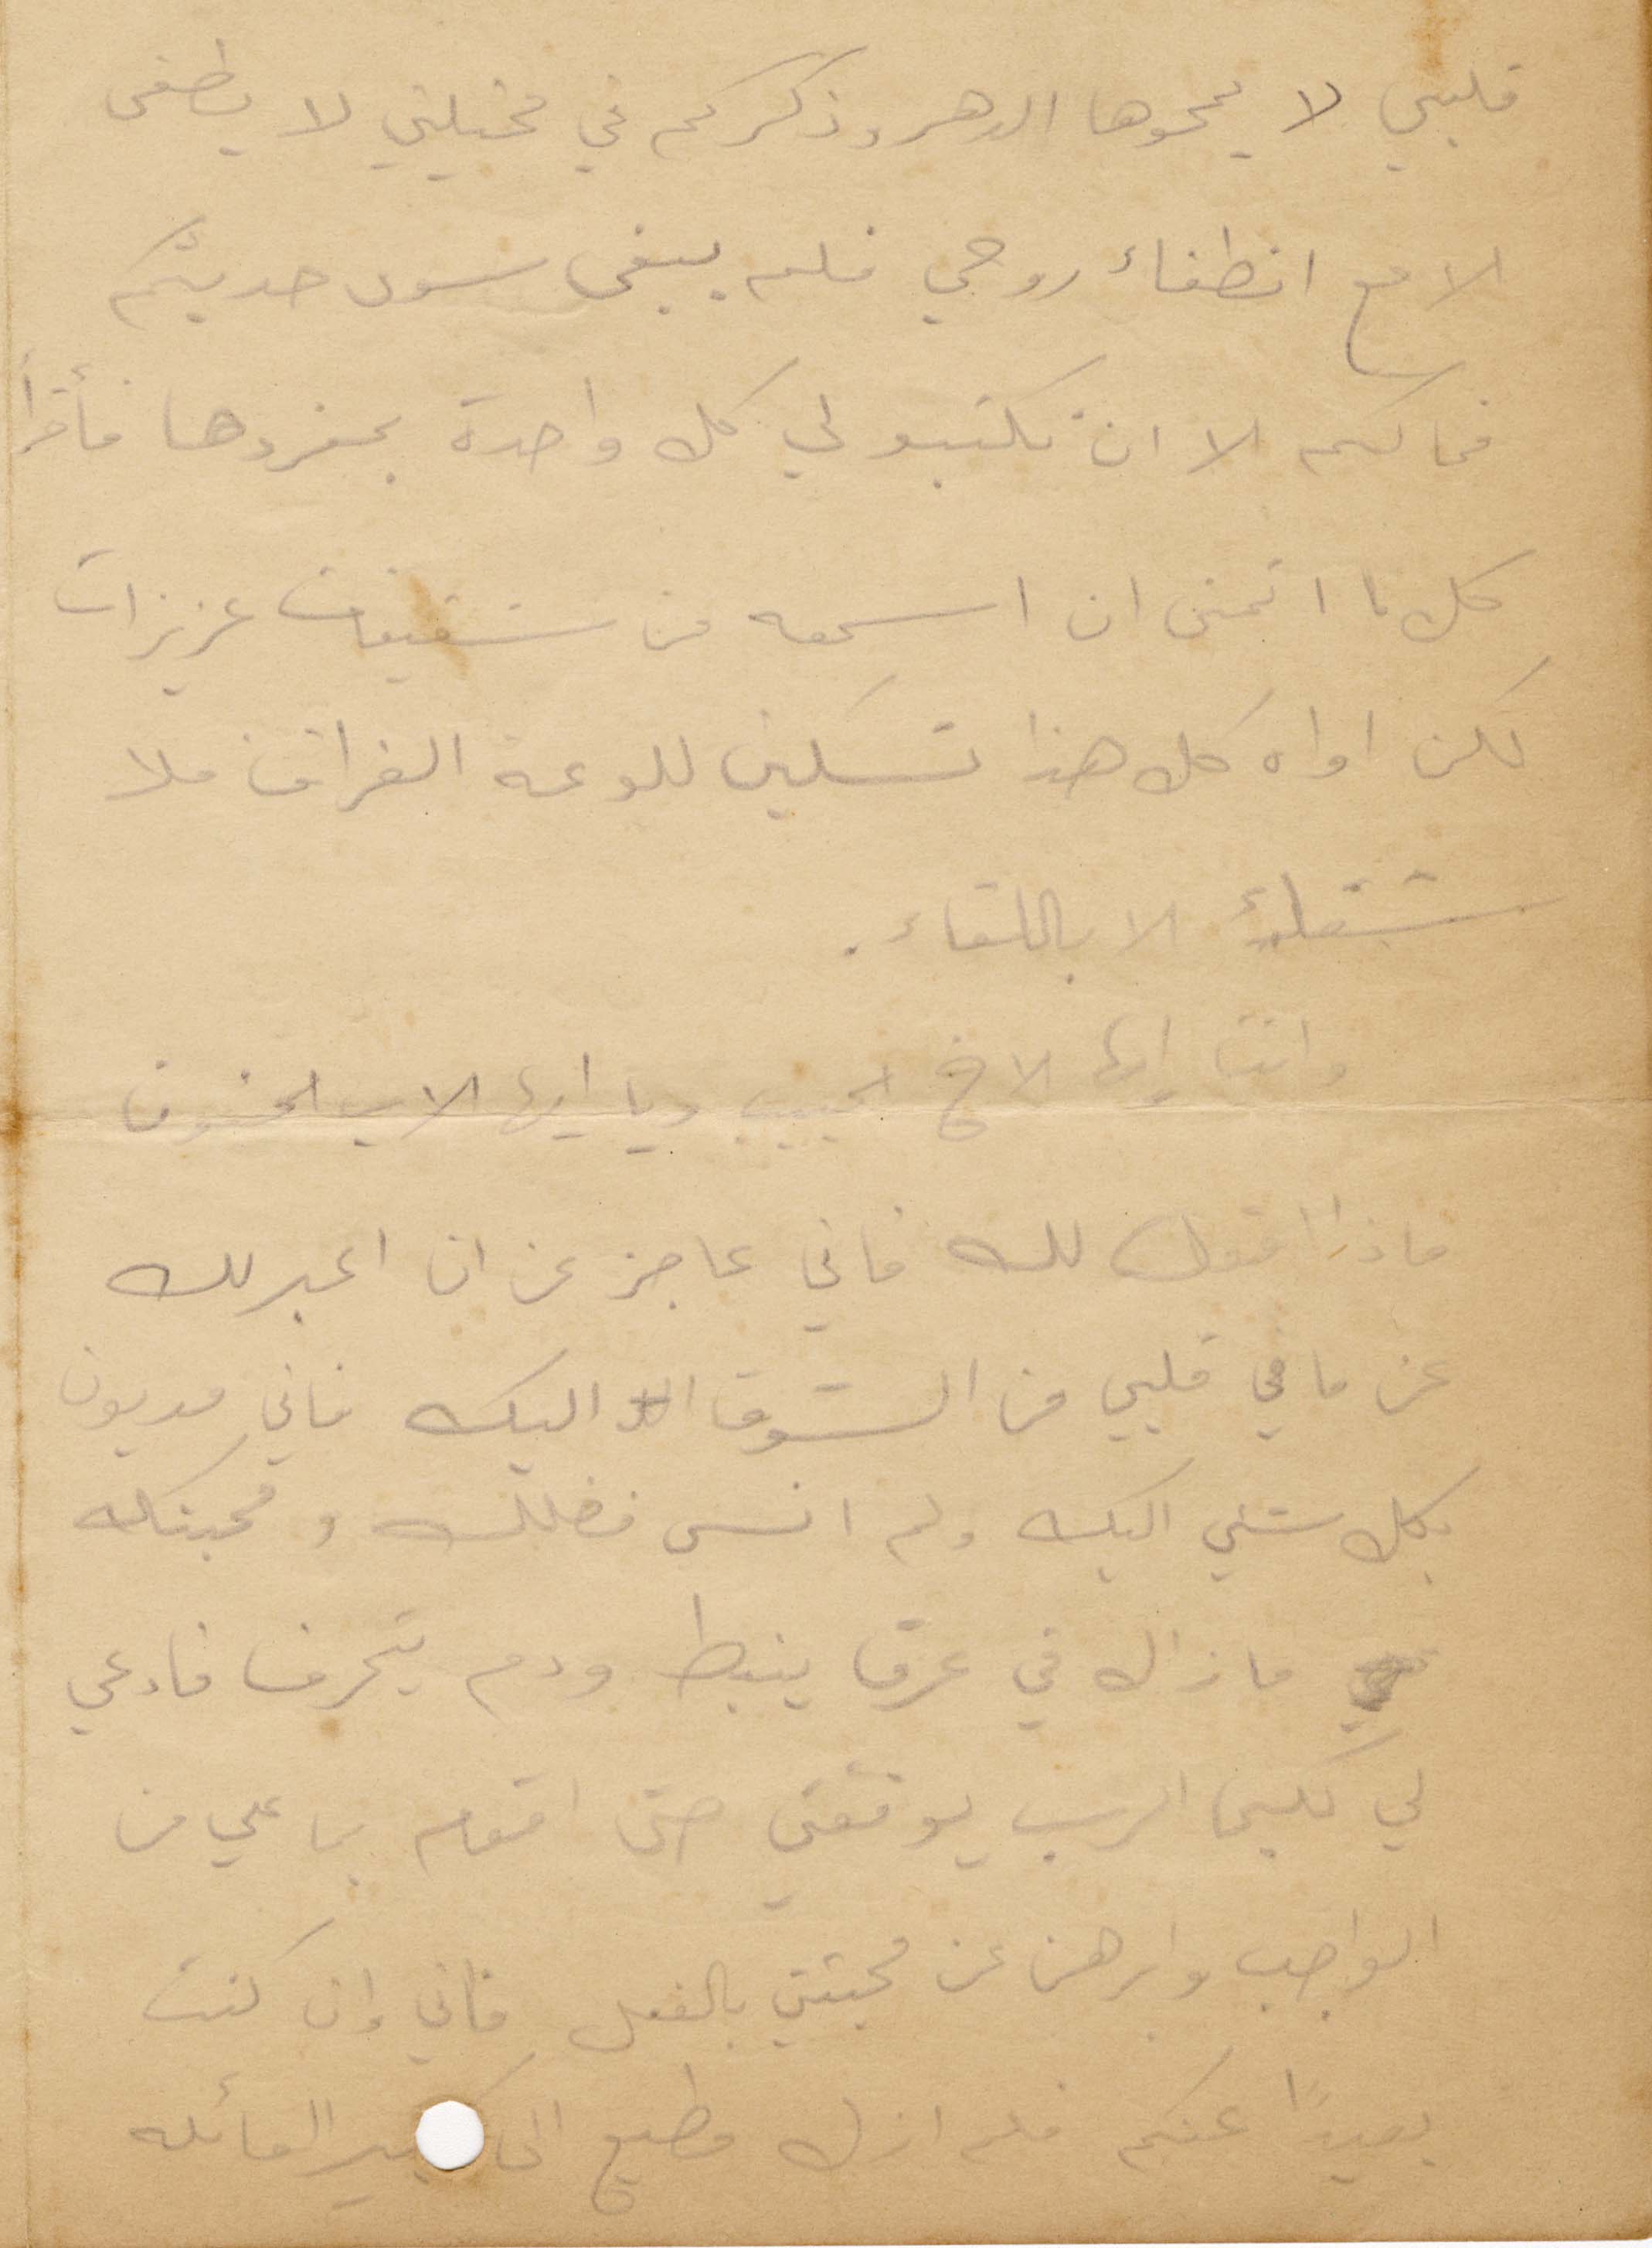
قلبي لا يمحوها الدهر وذكركم في مخيلتي لا يطفي
الا مع انطفاء روحي فلم يبقى سوى حديثكم
فما لكم الا ان تكتبو لي كل واحدة بمفردها فأقرأ
كل ما أتمنى ان اسمعه من شقيقات عزيزات
لكن اواه كل هذا تسكين للوعة الفراق فلا
شفاء الا باللقاء.
وانت أيها الأخ الحبيب ويا أيها الاب الحنون
ماذا أقول لك فاني اعجز عن ان اعبر لك
عن ما في قلبي من الشوق اليك فاني مديون
بكل شيء اليك ولم انسى فضلك ومحبتك
ما زال في عرق ينبط ودم يتحرف فادعي
لي لكي الرب يوفقني حتى أقوم بما علي من
الواجب وابرهن عن محبتي بالفعل فاني وان كنت
بعيدًا عنكم فلم ازل مطيع الى كبير العائلة